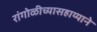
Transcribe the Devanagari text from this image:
रांगोळीच्यासहाय्याने